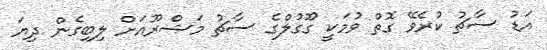
އަޑު ސާޗު ކުރެވޭ ގޮތް ވުމަކީ ގޫގުލްގެ ސާޗު މަޝްރޫއަށް ލިބިގެން ދިޔަ